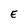
Character: E